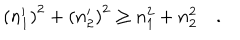
\left( n _ { 1 } ^ { \prime } \right) ^ { 2 } + \left( n _ { 2 } ^ { \prime } \right) ^ { 2 } \ge n _ { 1 } ^ { 2 } + n _ { 2 } ^ { 2 } \quad .